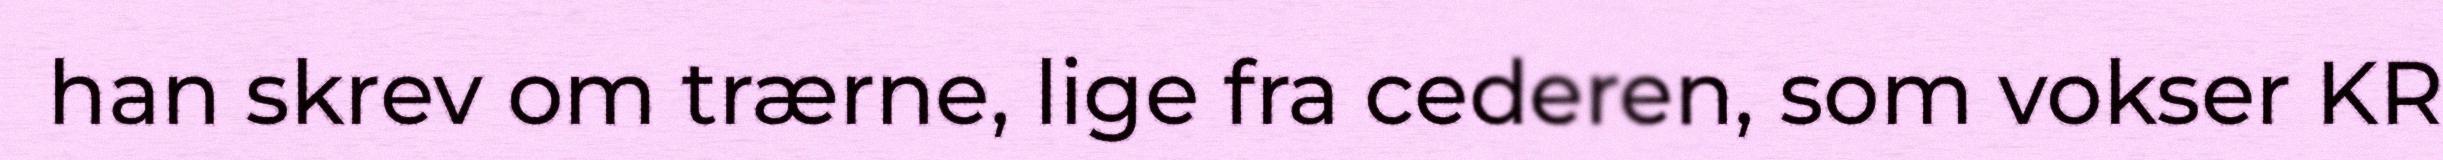
han skrev om trærne, lige fra cederen, som vokser KR